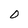
Character: 0